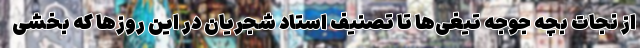
از نجات بچه جوجه تیغی‌ها تا تصنیف استاد شجریان در این روزها که بخشی